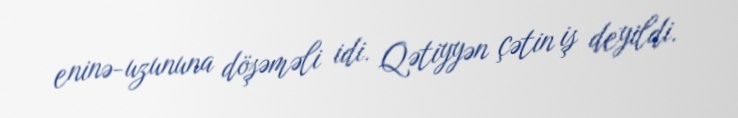
eninə-uzununa döşəməli idi. Qətiyyən çətin iş deyildi.